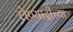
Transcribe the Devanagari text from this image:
लेण्याद्रीच्या